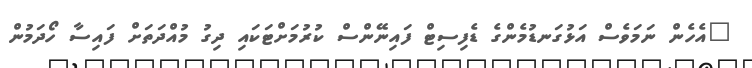
"އެހެން ނަމަވެސް އަޅުގަނޑުމެންގެ ޑެފިސިޓް ފައިނޭންސް ކުރުމަށްޓަކައި ދިގު މުއްދަތަށް ފައިސާ ހޯދަމުން